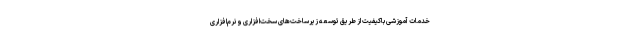
خدمات آموزشی باکیفیت از طریق توسعه زیرساخت‌های سخت‌افزاری و نرم‌افزاری